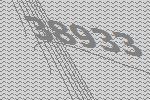
38933